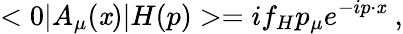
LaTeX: <0|A_{\mu}(\mathit{x})|H(p)>=if_{H}p_{\mu}e^{-ip\cdot\mathit{x}}\; ,